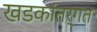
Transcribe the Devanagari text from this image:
खडकांतर्गत